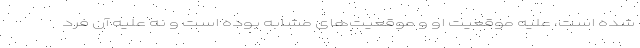
شده است، علیه موقعیت او و موقعیت‌های مشابه بوده است و نه علیه آن فرد